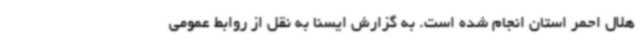
هلال احمر استان انجام شده است. به گزارش ایسنا به نقل از روابط عمومی